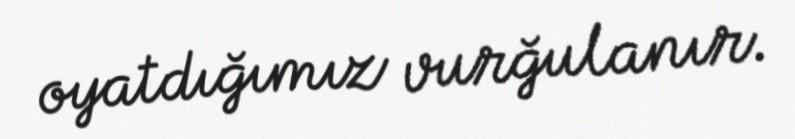
oyatdığımız vurğulanır.